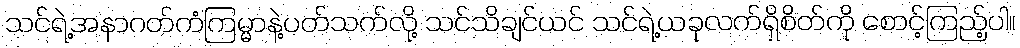
သင်ရဲ့အနာဂတ်ကံကြမ္မာနဲ့ပတ်သက်လို့ သင်သိချင်ယင် သင်ရဲ့ယခုလက်ရှိစိတ်ကို စောင့်ကြည့်ပါ။